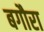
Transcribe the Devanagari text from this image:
बगौरा